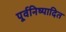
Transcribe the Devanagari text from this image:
पूर्वनिष्पादित